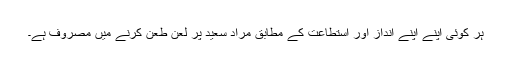
ہر کوئی اپنے اپنے انداز اور استطاعت کے مطابق مراد سعید پر لعن طعن کرنے میں مصروف ہے۔